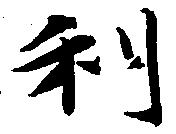
利